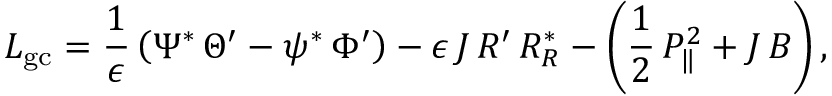
L _ { \mathrm { g c } } = \frac { 1 } { \epsilon } \left( \Psi ^ { * } \, \Theta ^ { \prime } - \psi ^ { * } \, \Phi ^ { \prime } \right) - \epsilon \, J \, R ^ { \prime } \, { \cal R } _ { R } ^ { * } - \left( \frac { 1 } { 2 } \, P _ { \| } ^ { 2 } + J \, B \right) ,